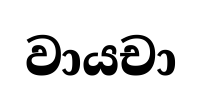
වායචා